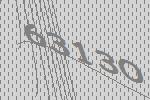
63130